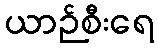
ယာဉ်စီးရေ